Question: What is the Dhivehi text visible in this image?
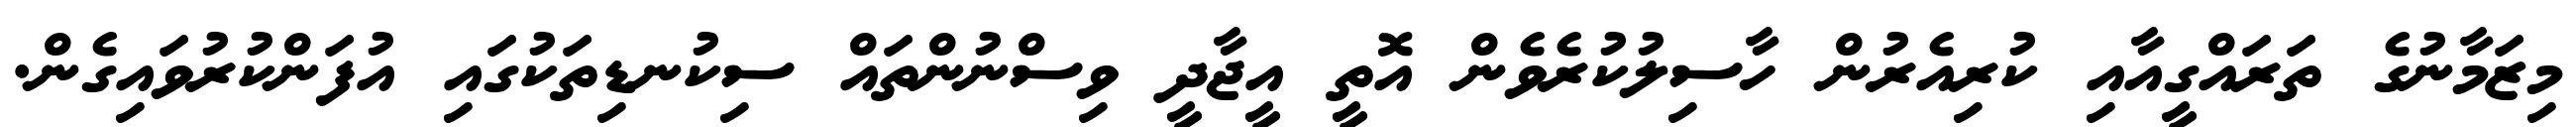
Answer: މިޒަމާނުގެ ތަރައްގީއާއި ކުރިއެރުން ހާސިލުކުރެވެން އޮތީ އީޖާދީ ވިސްނުންތައް ސިކުނޑިތަކުގައި އުފަންކުރުވައިގެން.